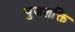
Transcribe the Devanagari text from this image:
पुजंशक्ति